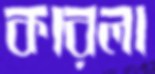
কারলা